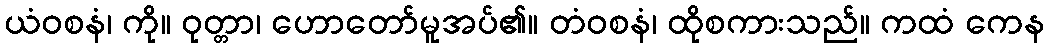
ယံဝစနံ၊ ကို။ ဝုတ္တာ၊ ဟောတော်မူအပ်၏။ တံဝစနံ၊ ထိုစကားသည်။ ကထံ ကေန